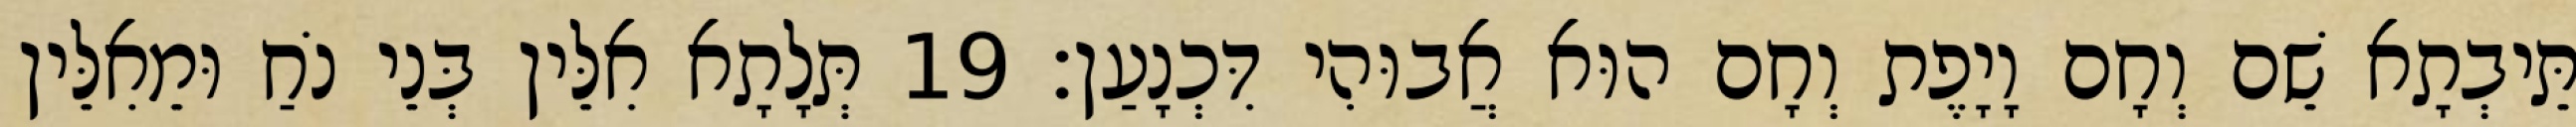
תֵּיבְתָא שֵׁם וְחָם וָיָפֶת וְחָם הוּא אֲבוּהִי דִּכְנָעַן׃ 19 תְּלָתָא אִלֵּין בְּנֵי נֹחַ וּמֵאִלֵּין